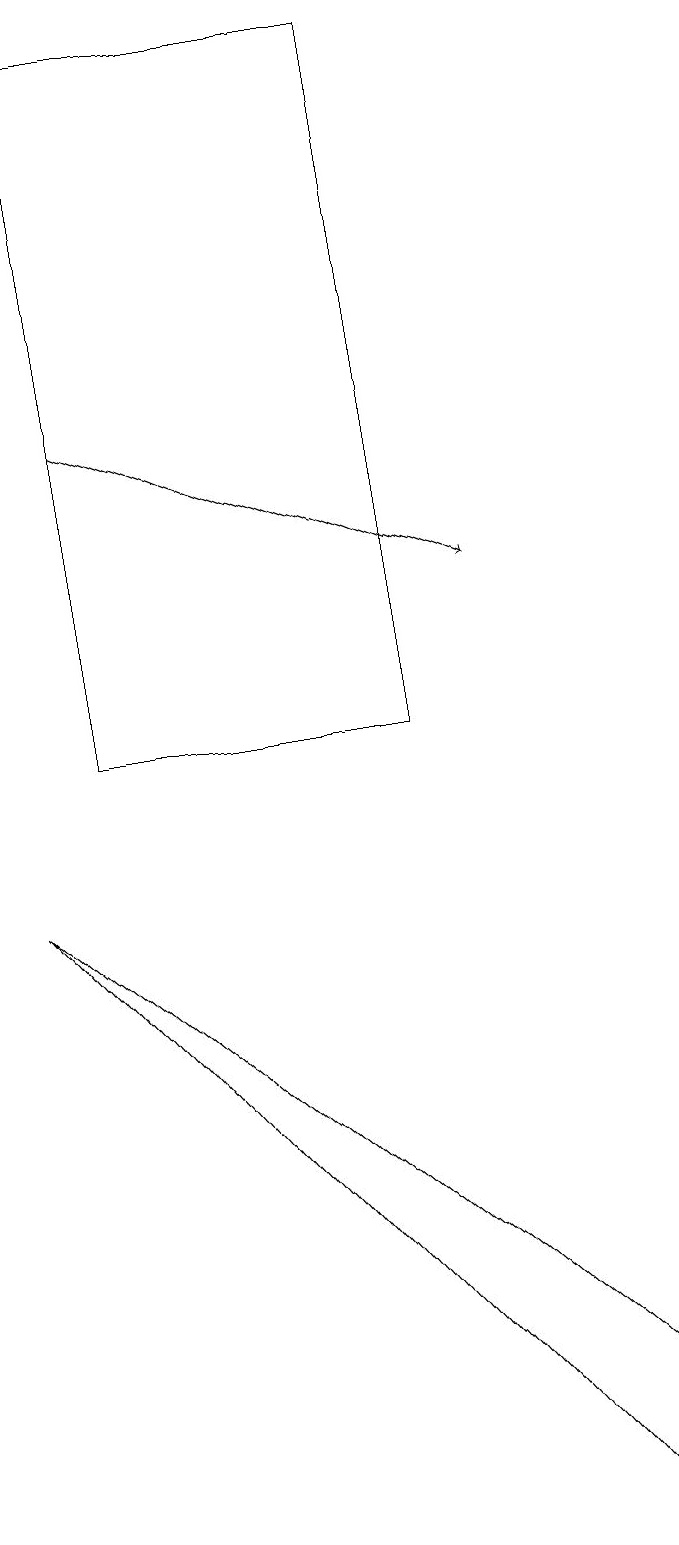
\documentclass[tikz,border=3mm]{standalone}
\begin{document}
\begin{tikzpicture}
\draw[->] (2,14) -- (7,12);
\draw (2,19) rectangle (6,10);
\draw (8,0) -- (9,1) -- (1,8) -- cycle;
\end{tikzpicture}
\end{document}